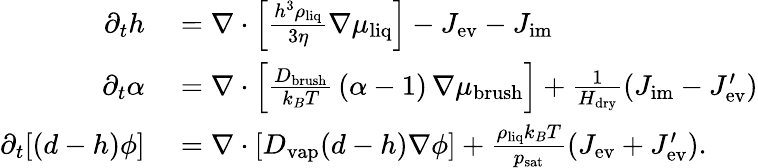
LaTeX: \begin{array}{rl}{\partial_{t}h}&{{}=\nabla\cdot\left[\frac{h^{3}\rho_{\mathrm{liq}}}{3\eta}\nabla\mu_{\mathrm{liq}}\right]-J_{\mathrm{ev}}-J_{\mathrm{im}}}\\ {\partial_{t}\alpha}&{{}=\nabla\cdot\left[\frac{D_{\mathrm{brush}}}{k_{B}T}\, (\alpha-1)\, \nabla\mu_{\mathrm{brush}}\right]+\frac{1}{H_{\mathrm{dry}}}(J_{\mathrm{im}}-J_{\mathrm{ev}}^{\prime})}\\ {\partial_{t}[(d-h)\phi]}&{{}=\nabla\cdot\left[D_{\mathrm{vap}}(d-h)\nabla\phi\right]+\frac{\rho_{\mathrm{liq}}k_{B}T}{p_{\mathrm{sat}}}(J_{\mathrm{ev}}+J_{\mathrm{ev}}^{\prime}).}\end{array}